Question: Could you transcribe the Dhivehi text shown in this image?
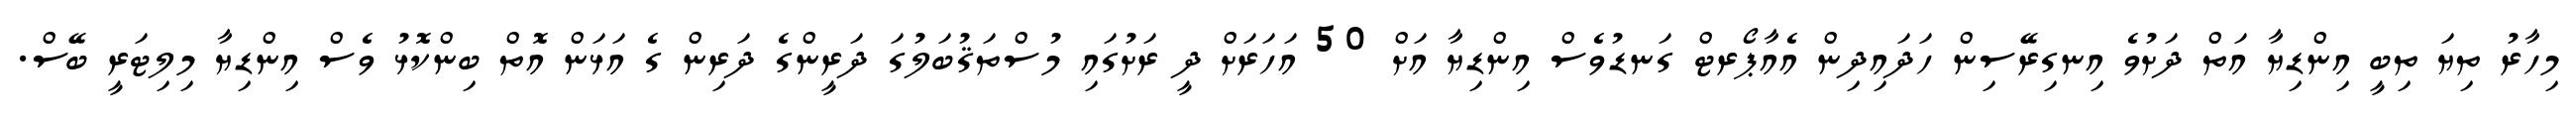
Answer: މިހާރު ތިޔަ ތިބީ އިންޑިޔާ އަތް ދަށުވެ އިނގިރޭސިން ހަދައިދިން އެއާޕޯރޓް ގަނޑުވެސް އިންޑިޔާ އަށް 50 އަހަރަށް ދީ ރަށުގައި މުސްތަޤުބަލުގަ ދަރީންގެ ދަރިން ގެ އަޅަން އޮތް ބިންކޮޅު ވެސް އިންޑިޔާ މިލިޓަރީ ބޭސް.